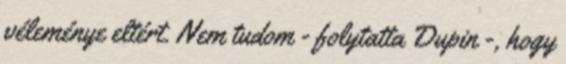
véleménye eltért. Nem tudom - folytatta Dupin -, hogy